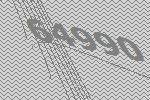
64990